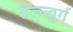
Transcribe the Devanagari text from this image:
सल्ज्बुर्ग